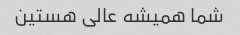
شما همیشه عالی هستین